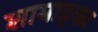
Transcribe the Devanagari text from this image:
शामाहका